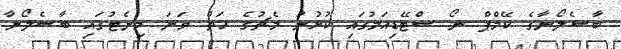
ބާސެލޯނާގެ ކޭމްޕް ނޯ ސްޓޭޑިއަމުގައި ކުޅުނު މެޗުގެ ހަތް ވަނަ މިނެޓުގައި ބާސެލޯނާ